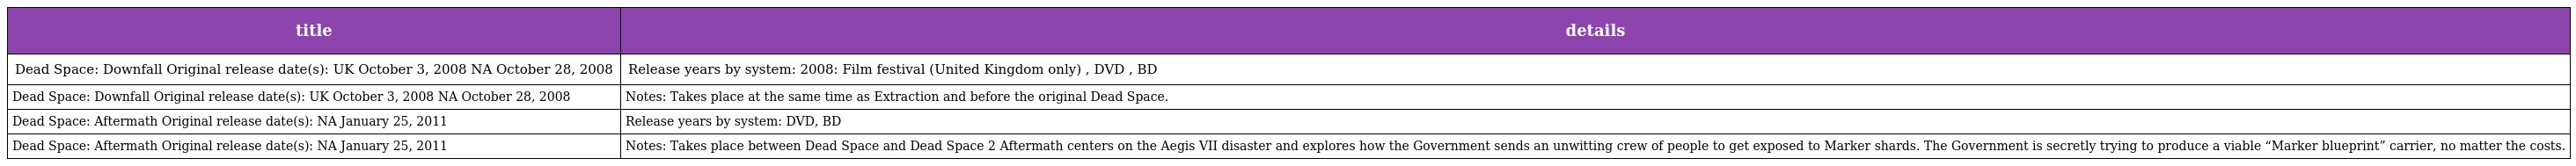
| title | details |
 | --- | --- |
 | Dead Space: Downfall Original release date(s): UK October 3, 2008 NA October 28, 2008 | Release years by system: 2008: Film festival (United Kingdom only) , DVD , BD |
 | Dead Space: Downfall Original release date(s): UK October 3, 2008 NA October 28, 2008 | Notes: Takes place at the same time as Extraction and before the original Dead Space. |
 | Dead Space: Aftermath Original release date(s): NA January 25, 2011 | Release years by system: DVD, BD |
 | Dead Space: Aftermath Original release date(s): NA January 25, 2011 | Notes: Takes place between Dead Space and Dead Space 2 Aftermath centers on the Aegis VII disaster and explores how the Government sends an unwitting crew of people to get exposed to Marker shards. The Government is secretly trying to produce a viable “Marker blueprint” carrier, no matter the costs. |